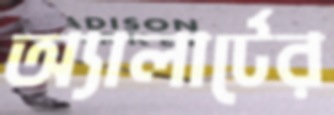
অ্যালার্টের